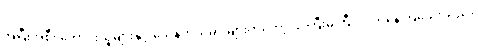
အပြီးအစီး ကောင်းသူများနှင့် သေနတ်သမားများကတော့ သဲကြီးမဲကြီး လိုက်နေကြသေးသည်။